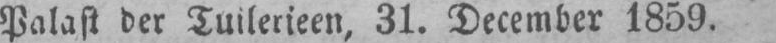
Palast der Tuilerieen, 31. December 1859.